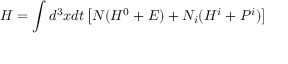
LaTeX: H = \int d ^ { 3 } x d t \left[ N ( { \cal H } ^ { 0 } + { \cal E } ) + N _ { i } ( { \cal H } ^ { i } + { \cal P } ^ { i } ) \right]